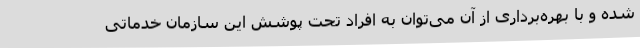
شده و با بهره‌برداری از آن می‌توان به افراد تحت پوشش این سازمان خدماتی